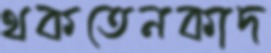
থকতেনকাদ